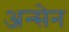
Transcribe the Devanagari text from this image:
अन्सेन